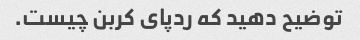
توضیح دهید که ردپای کربن چیست.